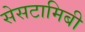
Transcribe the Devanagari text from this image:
सेसटामिबी